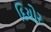
દિયોર